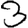
Digit: 3